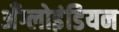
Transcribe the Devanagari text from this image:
अँग्लोइंडियन